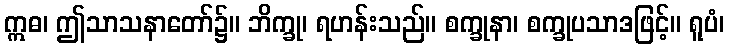
ဣဓ၊ ဤသာသနာတော်၌။ ဘိက္ခု၊ ရဟန်းသည်။ စက္ခုနာ၊ စက္ခုပသာဒဖြင့်။ ရူပံ၊